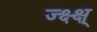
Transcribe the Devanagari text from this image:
ज्क्ष्क्ष्